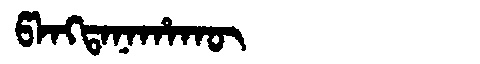
Manchu: ᡦᠠᠩᡨᠠᠨᠠᡥᠠᡴᡡ
Romanization: PANGTANAHAKŪ